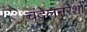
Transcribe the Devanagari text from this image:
चंदेलनरेशों